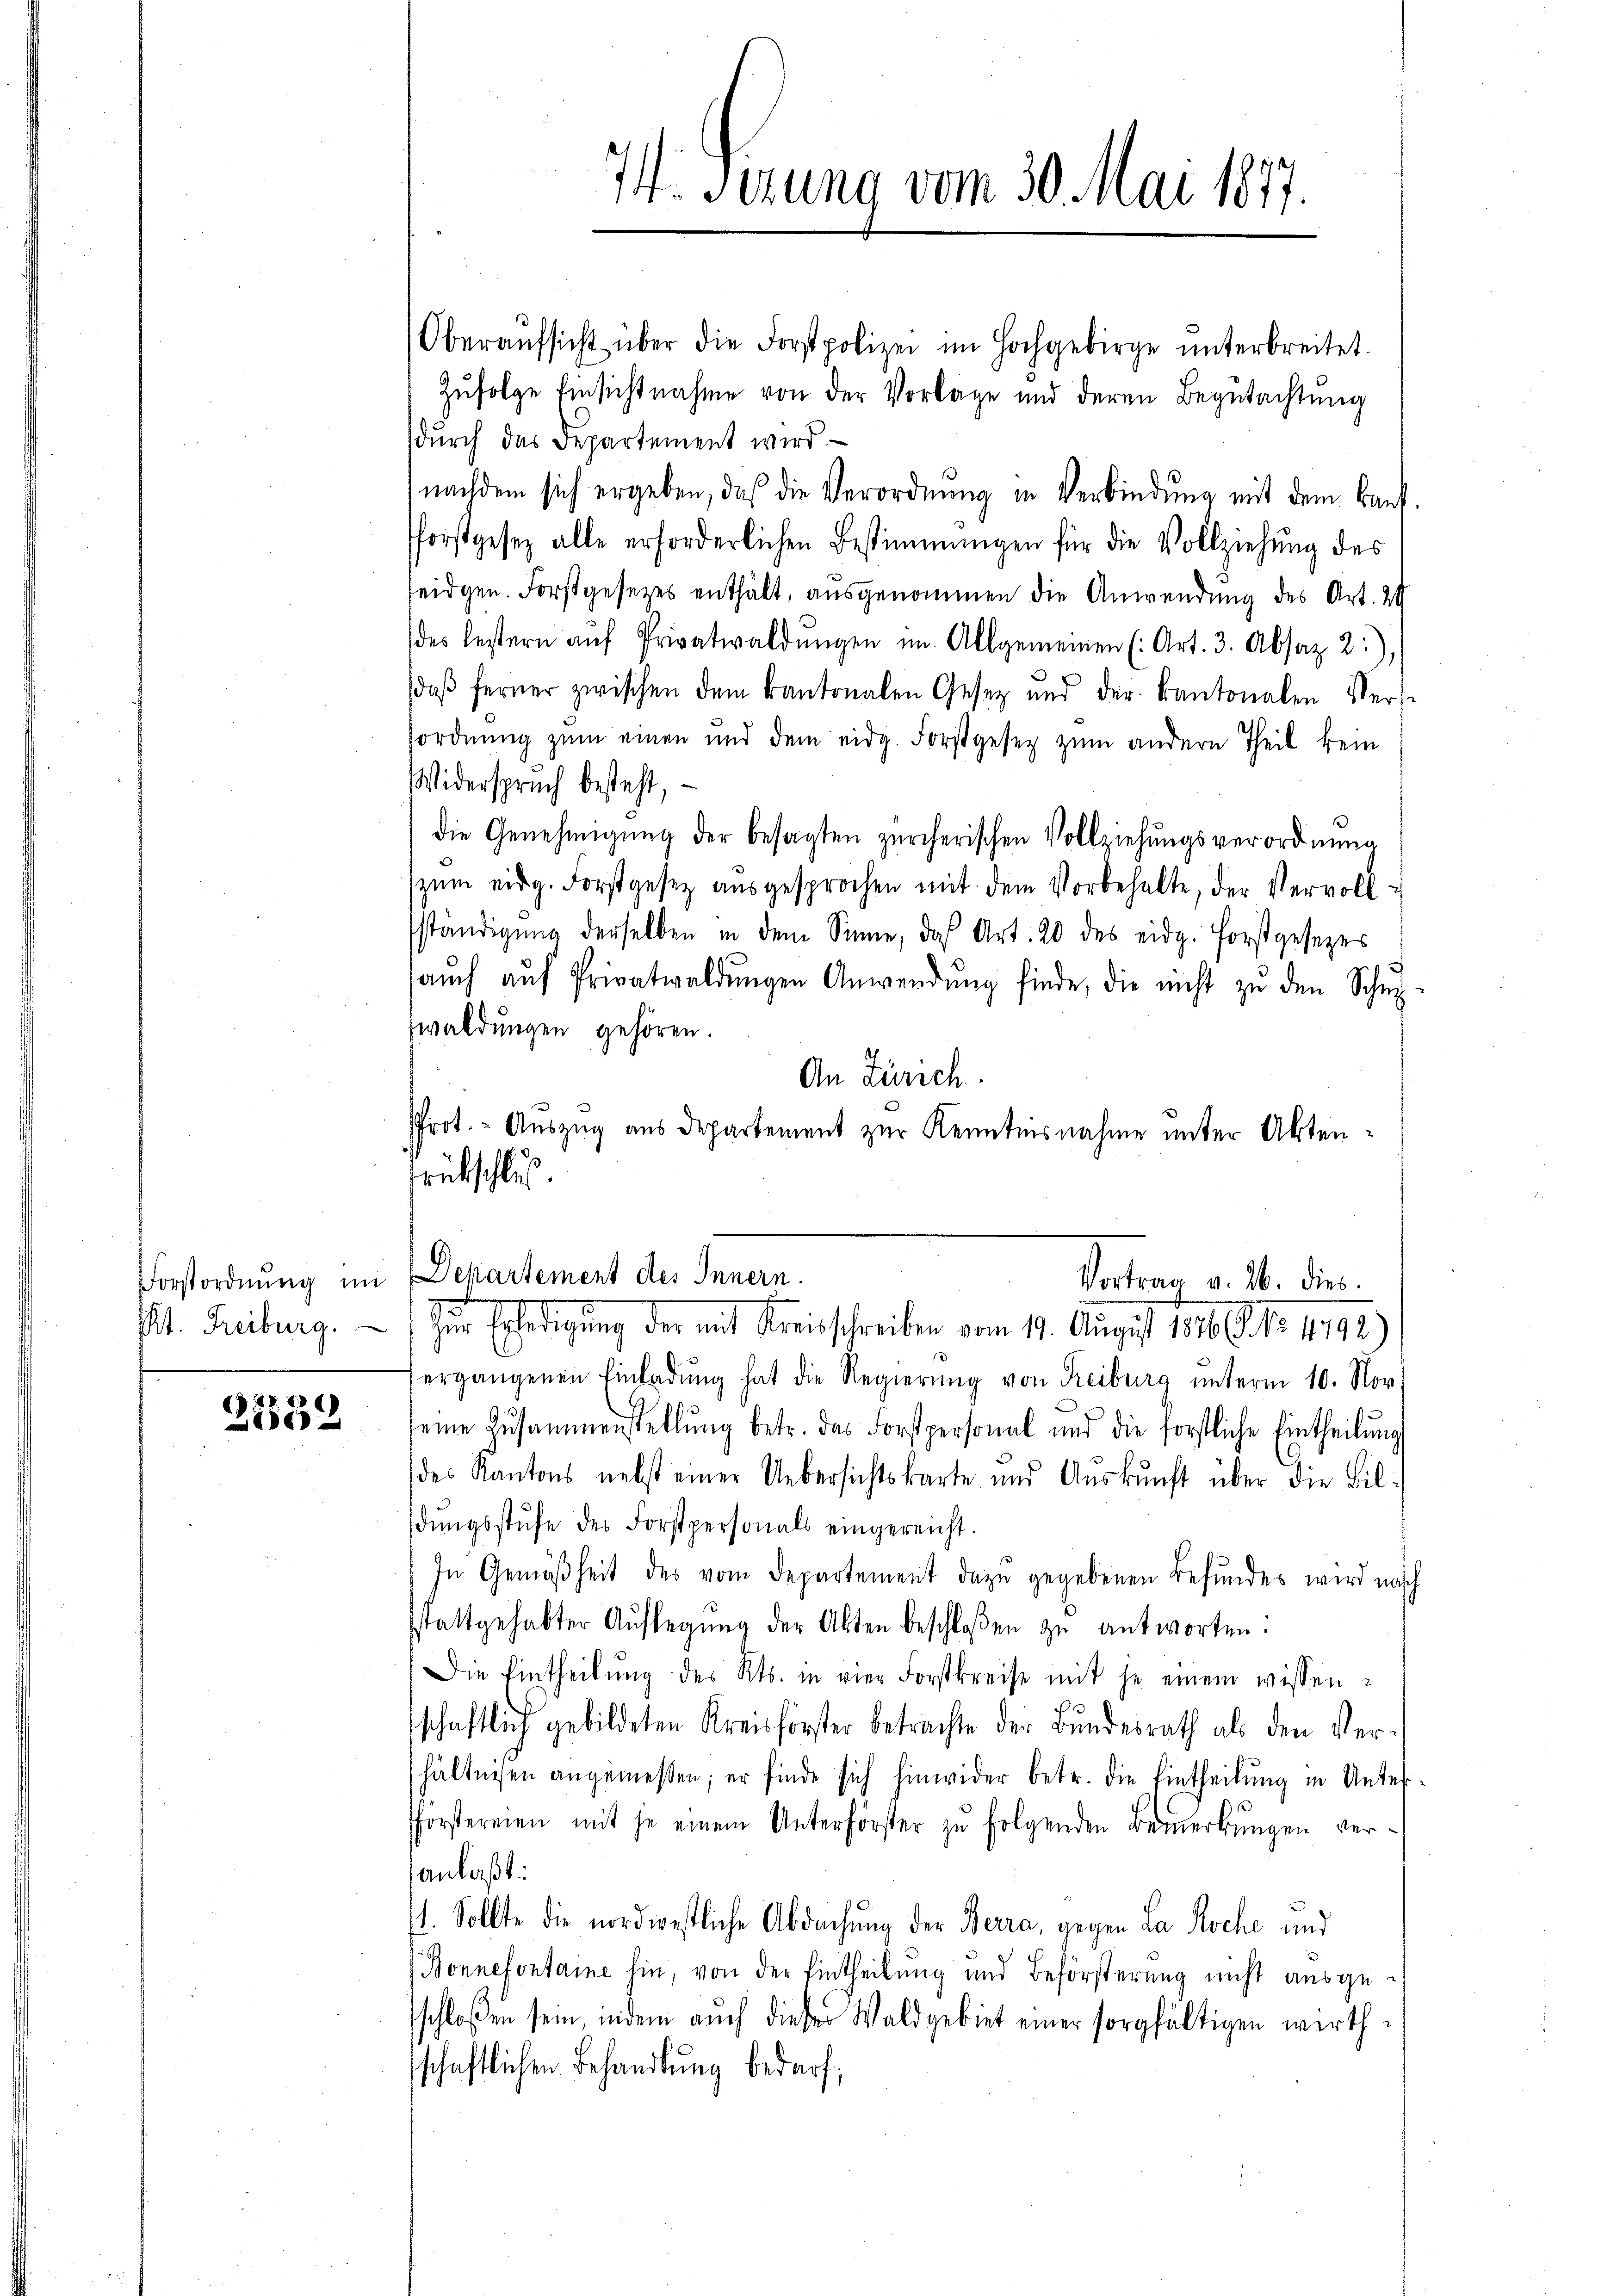
2232

Oberaŭfsicht über die Forstpolizei im Hochgebirge unterbreitet.
Zufolge Einsichtnahme von der Vorlage und deren Begutachtung
durch das Departement wird.
nachdem sich ergeben, daß die Verordnung in Verbindung mit dem Baufforstgesez alle erforderlichen Bestimmungen für die Vollziehung des
seidgen. Forstgesetzes enthält, ausgenommen die Anwendung des Art. 20
des lestern aŭf Privatwaldŭngen im Allgemeinen (Art. 3. Absaz 2:),
daβ ferner zwischen dem kantonalen Gesetz und der Kantonalen Vers
sordnung zum einen und dem eidg. Forstgesetz zum andern Theil kein
Widerspruch besteht,
die Genehmigŭng der besagten zürcherischen Vollziehungsverordnung
zŭm eidg. Forstgesetz aŭsgesprochen mit dem Vorbehalte, der Vervoll-
ständigŭng derselben in dem Sinne, das Art. 20 des eidg. Forstgesezes
aŭch aŭf Privatwaldŭngen Anwendŭng finde, die nicht zŭ den Schŭl-
swaldungen gehören.
An Zürich.
Prot. - Auszug aus Departement zur Kenntnisnahme unter Aktenrütschlus

74. Ferung vom 30. Mai 1877.

Forstordnung im Departement des Innern.
Vortrau v. M. dies

Mt. Freiburg.   Zu Erledigung der mit Kreisschreiben vom 19. August 1810. No. 1192)
ergangenen Einladŭng hat die Regierŭng von Freiburg unterm 10. Nov.
seine Zusammenstellŭng betr. das Forstpersonal und die forstliche Eintheilŭng
des Kantons nebst einer Uebersichtskarte und Aŭskŭnft über die Bil-
dŭngsstufe des Forstpersonals eingereicht.
In Gemäßheit des vom Departement dazu gegebenen Befundes wird nasch
sstattgehabter Auflegŭng der Akten beschloßen zŭ antworten:
Die Eintheilŭng des Kts. in vier Forstkreise mit je einem wissen-
schaftlich gebildeten Kreisförster betrachte der Bŭndesrath als den Ver-
hältnissen angemessen; er finde sich hinwider betr. die Eintheilŭng in Unter-
fförstereien, mit je einem Unterförster zŭ folgenden Bemerkungen veranlaßt.
74. Sollte die nordwestliche Abdachung der Berra, gegen La Roche und
(Bonnefontaine hin, von der Eintheilung und Beförsterung nicht ausgeschloßen sein, indem auch dieser Waldgebiet einer sorgfältigen wirthschaftlichen Behandlung bedarf;